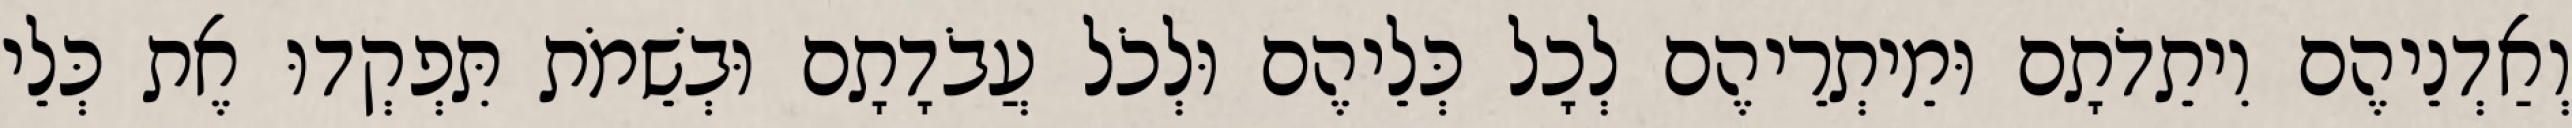
וְאַדְנֵיהֶם וִיתֵדֹתָם וּמֵיתְרֵיהֶם לְכָל כְּלֵיהֶם וּלְכֹל עֲבֹדָתָם וּבְשֵׁמֹת תִּפְקְדוּ אֶת כְּלֵי